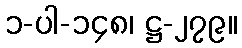
၁-ပါ-၁၄၈၊ ဋ္ဌ-၂၇၉။